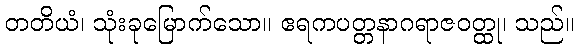
တတိယံ၊ သုံးခုမြောက်သော။ ဧရကပတ္တနာဂရာဇဝတ္ထု၊ သည်။